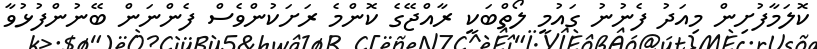
ކޮލަމާފުށިން މިއަދު ފެނުނު ގައުމީ ލޯތްބަކީ ރާއްޖޭގެ ކޮންމެ ރަށަކުންވެސް ފެންނަން ބޭނުންފުޅުވާ